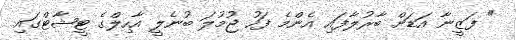
" ފަޒީނާ އަޑަށް ބާރުލާފައި އެންމެ ފަހު ޖުމުލަ ބުނެލީ އާހިލްގެ ޓީޝާޓްގައި